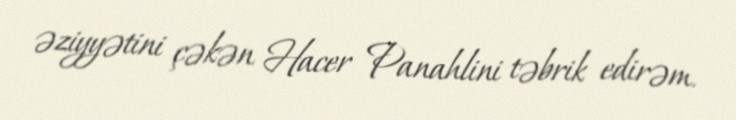
əziyyətini çəkən Hacer Panahlini təbrik edirəm.